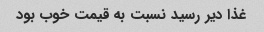
غذا دیر رسید نسبت به قیمت خوب بود